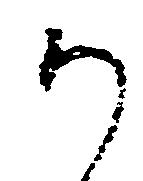
か